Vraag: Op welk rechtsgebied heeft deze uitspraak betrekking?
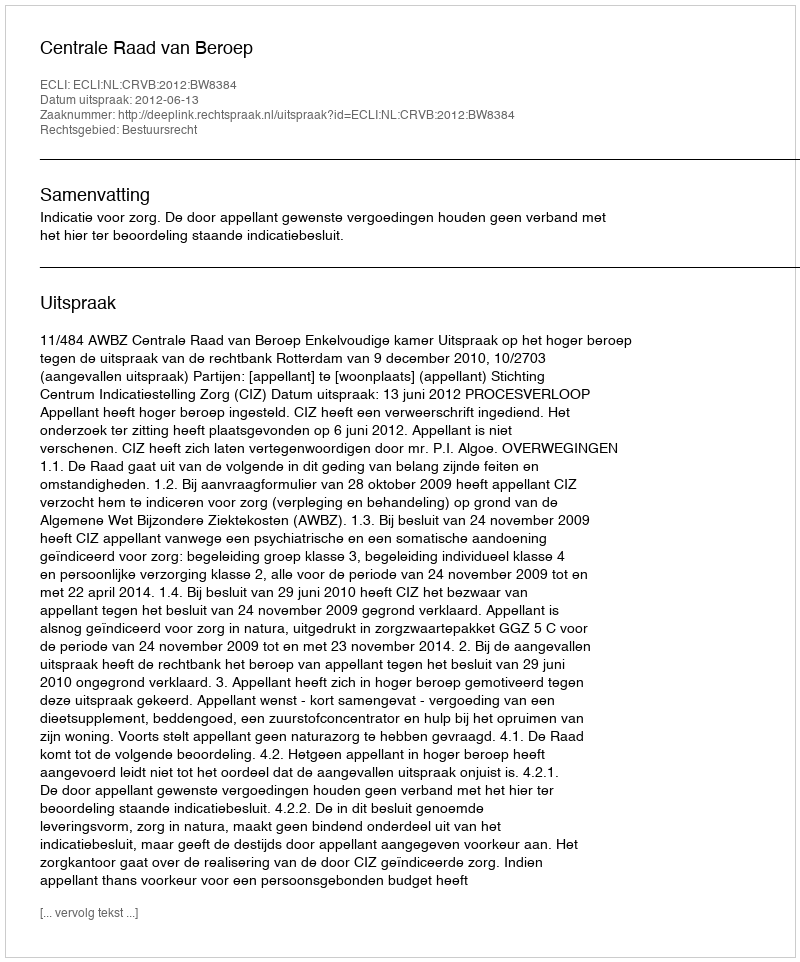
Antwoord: Bestuursrecht